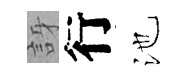
訝行池